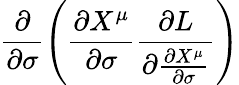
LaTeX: \displaystyle{\frac{\partial}{\partial\sigma}\left(\frac{\partial X^{\mu}}{\partial\sigma}\frac{\partial L}{\partial\frac{\partial X^{\mu}}{\partial\sigma}}\right)}